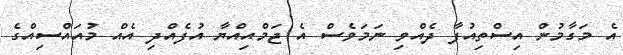
އެ މަގާމުން އިސްތިއުފާ ދެއްވި ނަމަވެސް އެ ޖަމްއިއްޔާ އުފެއްދި އެއް މުއައްސިއްގެ